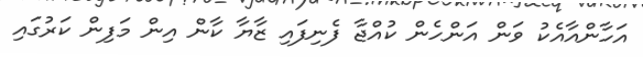
އަހާންއާއެކު ވަން އަންހެން ކުއްޖާ ފެނިފައި ޒާޔާ ކާން އިން މަފިން ކަރުގައި